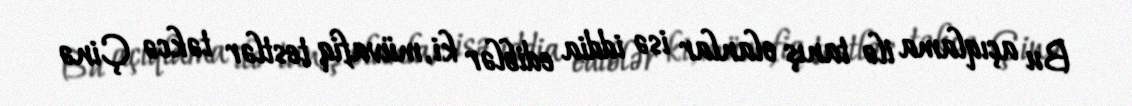
Bu açıqlama ilə tanış olanlar isə iddia ediblər ki, müvafiq testlər təkcə Çinə